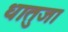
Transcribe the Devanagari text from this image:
धातुजा